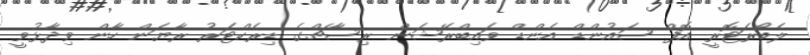
ލެބޯރަޓޮރީ އޮފް ސައުންޑް އެންޑް ވައިބްރޭޝަން ރިސާޗްގެ ޑިރެކްޓަރު ރާޔަން ހާން ވިދާޅުވީ